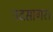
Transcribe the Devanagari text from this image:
पदसागर।